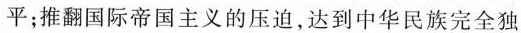
平；推翻国际帝国主义的压迫，达到中华民族完全独